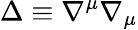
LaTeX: \Delta\equiv\nabla^{\mu}\nabla_{\mu}